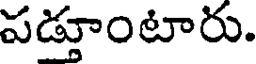
పడ్తూంటారు.